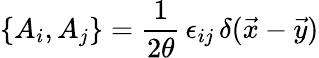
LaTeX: \{ A_{i},A_{j}\} ={\frac{1}{2\theta}}\, \epsilon_{ij}\, \delta(\vec{x}-\vec{y})